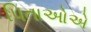
પિતાઓએ